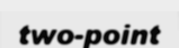
two-point